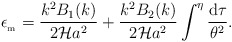
\begin{align*}\epsilon _{_{\rm m}}=\frac{k^2B_1(k)}{2{\cal H}a^2}+\frac{k^2B_2(k)}{2{\cal H}a^2} \int ^{\eta }\frac{{\rm d}\tau}{\theta ^2}.\end{align*}